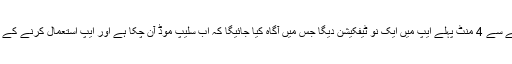
اس طرح یہ فیچر رات 9 بجے سے 4 منٹ پہلے ایپ میں ایک نو ٹیفکیشن دیگا جس میں آگاہ کیا جائیگا کہ اب سلیپ موڈ آن چکا ہے اور ایپ استعمال کرنے کے لیے والدین سے رجوع کریں۔